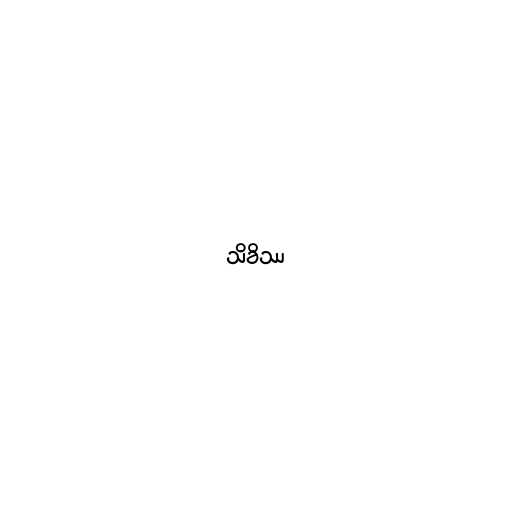
သိခိဿ